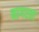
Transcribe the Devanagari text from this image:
नागरता